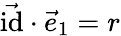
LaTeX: \vec{\mathrm{id}}\cdot\vec{e}_{1}=r